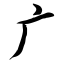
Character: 广